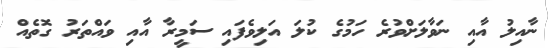
ނާއިލު އާއި ނަވާލަށްވުރެ ހަމުގެ ކުލަ އަލިވެފައި ސަމީރާ އާއި ވައްތަރު ގޮތެއް